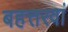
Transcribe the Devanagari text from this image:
बहत्तरवां